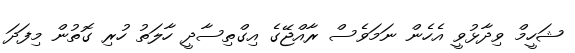
ޝަހީމް ވިދާޅުވީ އެހެން ނަމަވެސް ރާއްޖޭގެ އިގްތިސާދީ ހާލަތު ހުރި ގޮތުން މިފަދަ